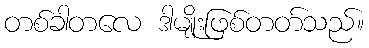
တစ်ခါတလေ ဒါမျိုးဖြစ်တတ်သည်။